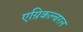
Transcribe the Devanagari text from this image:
एग्रिकल्चरल